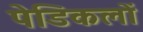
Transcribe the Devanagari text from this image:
पेडिकलों